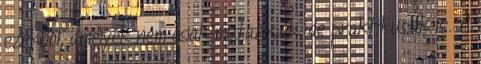
ezekből, amelyek nem csak mutatósak, de praktikusak is. A